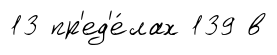
13 пр'ед'е́лах 139 в